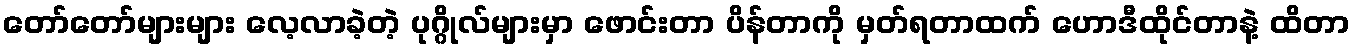
တော်တော်များများ လေ့လာခဲ့တဲ့ ပုဂ္ဂိုလ်များမှာ ဖောင်းတာ ပိန်တာကို မှတ်ရတာထက် ဟောဒီထိုင်တာနဲ့ ထိတာ